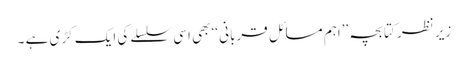
زیر نظر کتابچہ ’’اہم مسائل قربانی ‘‘ بھی اسی سلسلے کی ایک کڑی ہے ۔